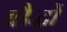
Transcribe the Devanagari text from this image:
बौंद्धों